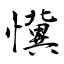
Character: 懻